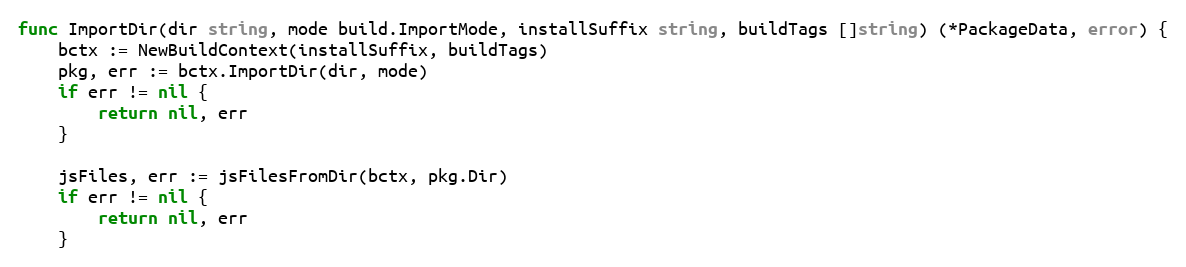
Language: Go
func ImportDir(dir string, mode build.ImportMode, installSuffix string, buildTags []string) (*PackageData, error) {
	bctx := NewBuildContext(installSuffix, buildTags)
	pkg, err := bctx.ImportDir(dir, mode)
	if err != nil {
		return nil, err
	}

	jsFiles, err := jsFilesFromDir(bctx, pkg.Dir)
	if err != nil {
		return nil, err
	}